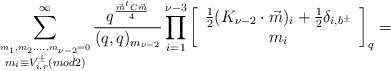
\begin{align*}\sum^{\infty}_{\stackrel{m_1,m_2,\ldots,m_{\nu-2}=0}{m_i\equiv V_{i,r}^{\pm}(mod 2)}}\frac{q^{\frac{\vec{m}^tC\vec{m}}{4}}}{(q,q)_{m_{\nu-2}}}\prod_{i=1}^{\nu-3} \left[ \begin{array}{c}\frac{1}{2}(K_{\nu-2}\cdot\vec{m})_i+\frac{1}{2}\delta_{i,b^{\pm}} \\ m_i\end{array}\right]_q =\end{align*}